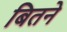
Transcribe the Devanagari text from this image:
बितने